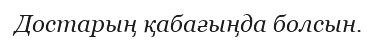
Достарың қабағыңда болсын.